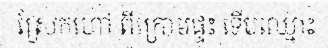
ស្រែកហៅ ពីក្រោមផ្ទះ ទើបឈ្មោះ